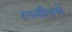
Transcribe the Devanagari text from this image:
रंगनीलचे